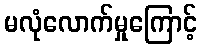
မလုံလောက်မှုကြောင့်